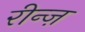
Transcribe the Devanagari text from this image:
रीन्ज़